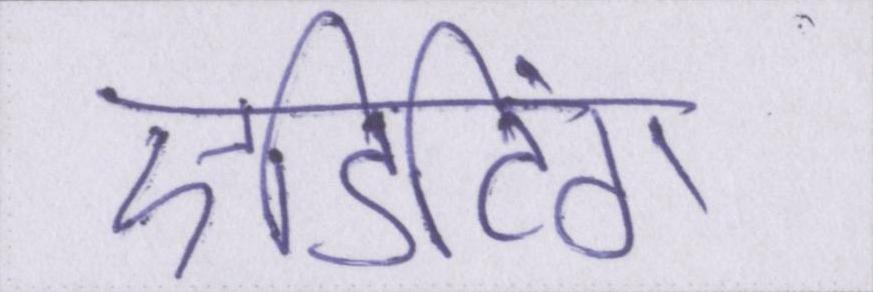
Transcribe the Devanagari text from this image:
एडिटिंग